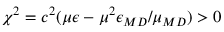
\chi ^ { 2 } = c ^ { 2 } ( \mu \epsilon - \mu ^ { 2 } \epsilon _ { \/ { M D } } / \mu _ { \/ { M D } } ) > 0